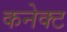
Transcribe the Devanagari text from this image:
कनेक्‍ट